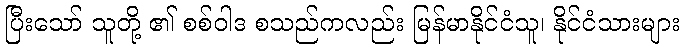
ပြီးသော် သူတို့ ၏ စစ်ဝါဒ စသည်ကလည်း မြန်မာနိုင်ငံသူ၊ နိုင်ငံသားများ